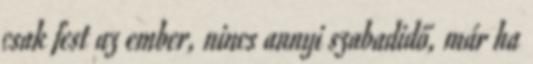
csak fest az ember, nincs annyi szabadidő, már ha